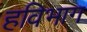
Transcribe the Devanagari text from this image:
हविभाग